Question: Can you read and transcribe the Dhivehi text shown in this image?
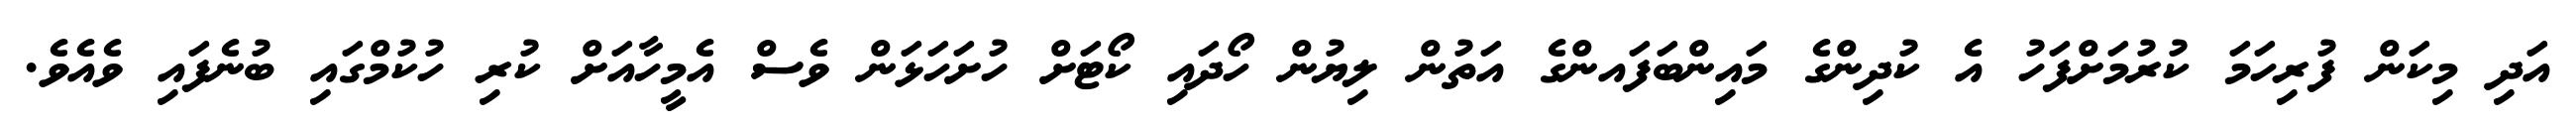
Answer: އަދި މިކަން ފުރިހަމަ ކުރުމަށްފަހު އެ ކުދިންގެ މައިންބަފައންގެ އަތުން ލިޔުން ހޯދައި ކޯޓަށް ހުށަހަޅަން ވެސް އެމީހާއަށް ކުރި ހުކުމްގައި ބުނެފައި ވެއެވެ.